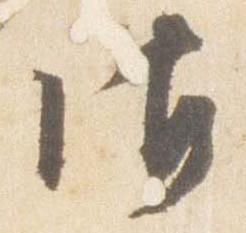
御